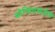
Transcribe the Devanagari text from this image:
कौन्सिलसाठीचे